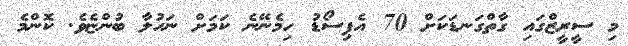
މި ސީރީޒްގައި ގާތްގަނޑަކަށް 70 އެޕިސޯޑު ހިމެނޭނެ ކަމަށް ނަހުލާ ބުންޏެވެ. ކޮންމެ